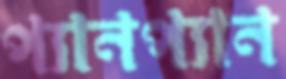
প্যানপ্যান